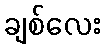
ချစ်လေး